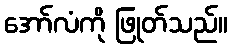
အော်လံကို ဖြုတ်သည်။